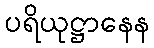
ပရိယုဋ္ဌာနေန